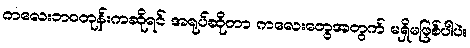
ကလေးဘဝတုန်းကဆိုရင် အရုပ်ဆိုတာ ကလေးတွေအတွက် မရှိမဖြစ်ပါပဲ။